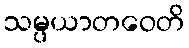
သမ္ပယာတဝေတိ